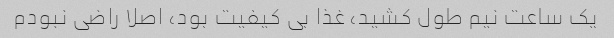
یک ساعت نیم طول کشید، غذا بی کیفیت بود، اصلا راضی نبودم